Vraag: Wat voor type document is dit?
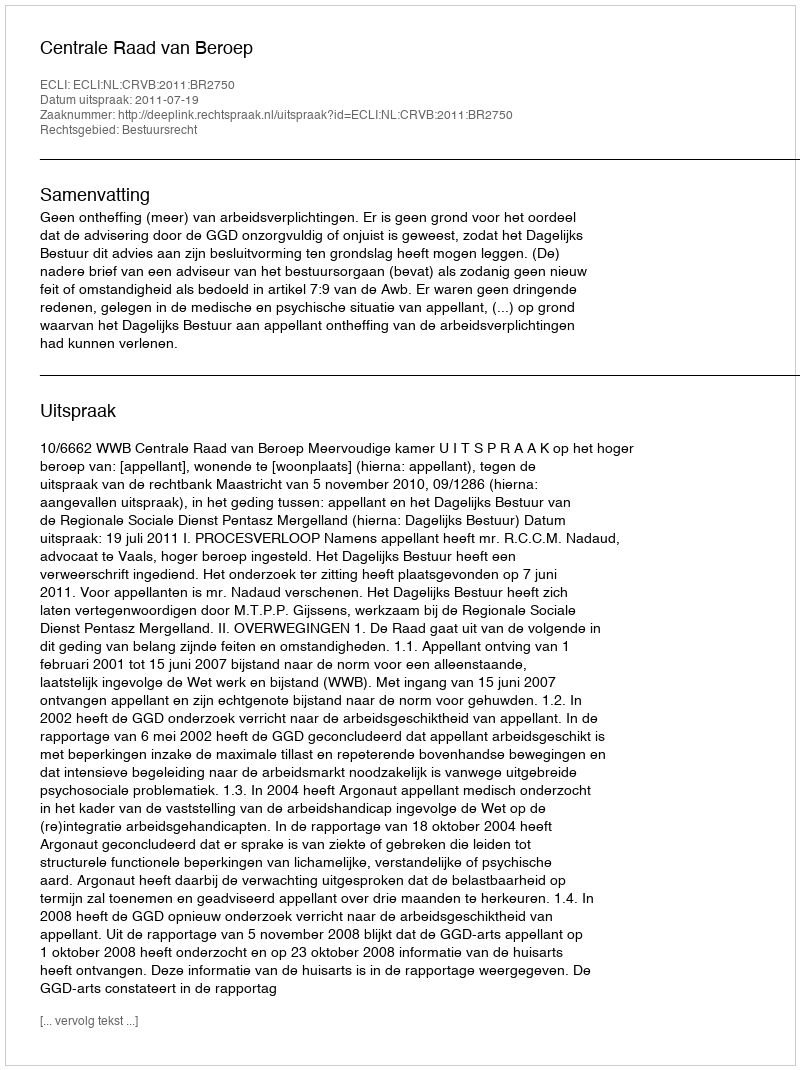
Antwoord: Uitspraak